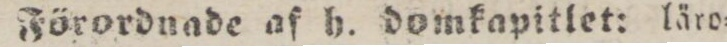
Förordnada af h. domkapitlet: läro=